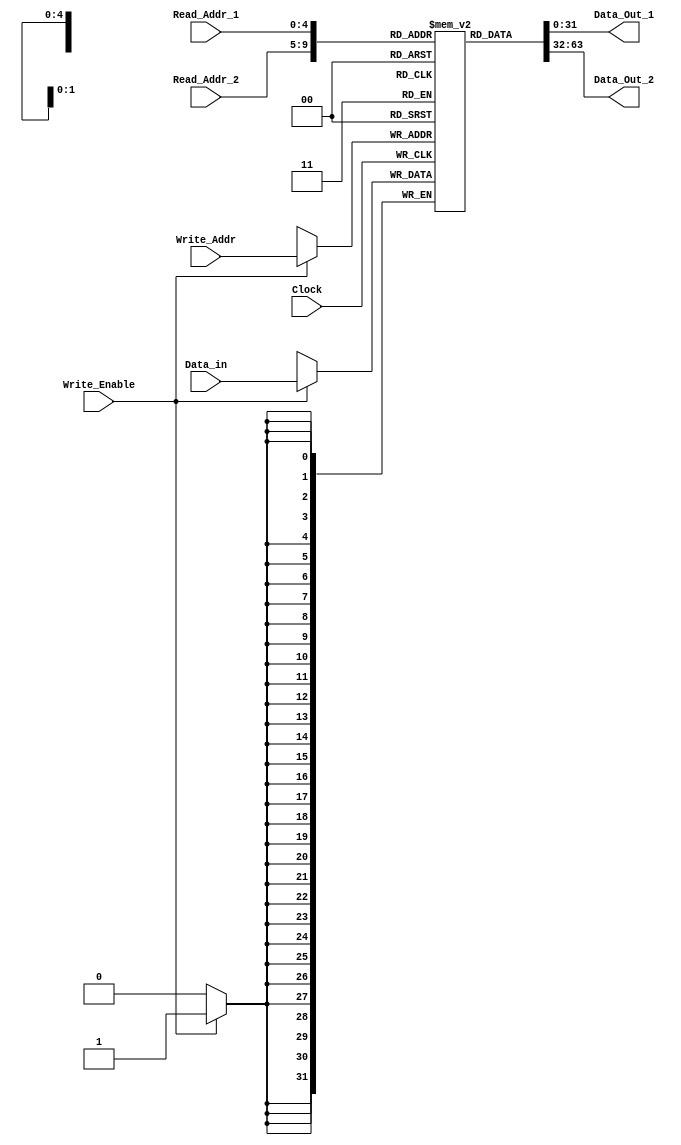
module Register_File  (Data_Out_1, Data_Out_2, Data_in, Read_Addr_1, Read_Addr_2, 
  Write_Addr, Write_Enable, Clock);
  output [31: 0] 	Data_Out_1, Data_Out_2;
  input 	[31: 0] 	Data_in;
  input 	[4: 0] 	Read_Addr_1, Read_Addr_2, Write_Addr;
  input 		Write_Enable, Clock;
  reg 	[31: 0] 	Reg_File [31: 0];	// 32bit  x32 word memory declaration

  assign Data_Out_1 = Reg_File[Read_Addr_1];
  assign Data_Out_2 = Reg_File[Read_Addr_2];

  always @ (posedge Clock) begin
    if (Write_Enable) Reg_File [Write_Addr] <= Data_in; 
  end
endmodule